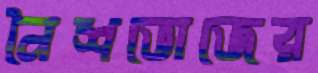
নৈশভোজের